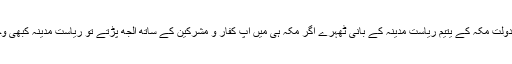
اسی مزاج کی بدولت مکہ کے یتیم ریاست مدینہ کے بانی ٹھہرے اگر مکہ ہی میں آپ کفار و مشرکین کے ساتھ الجھ پڑتے تو ریاست مدینہ کبھی وجود میں نہ آتی۔